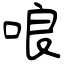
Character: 哴